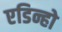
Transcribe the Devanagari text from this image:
एडिन्हो